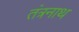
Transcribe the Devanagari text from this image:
तंंत्रनाथ